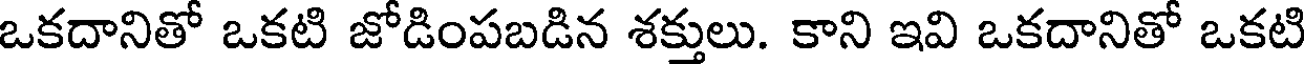
ఒకదానితో ఒకటి జోడింపబడిన శక్తులు. కాని ఇవి ఒకదానితో ఒకటి